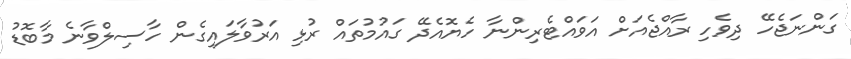
ގަންނަޖެހޭ ދިވެހި ރާއްޖެއަށް އަވައްޓެރިންނާ ހެޔޮއެދޭ ގައުމުތައް ރުޅި އަރުވާލައިގެން ހާސިލްވާނެ މާބޮޑު